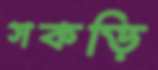
সকড়ি